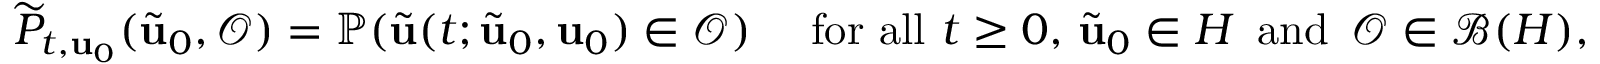
\begin{array} { r } { \widetilde { P } _ { t , \mathbf { u } _ { 0 } } ( \tilde { \mathbf { u } } _ { 0 } , \mathcal { O } ) = \mathbb { P } ( \tilde { \mathbf { u } } ( t ; \tilde { \mathbf { u } } _ { 0 } , \mathbf { u } _ { 0 } ) \in \mathcal { O } ) \quad \mathrm { ~ f o r ~ a l l ~ } t \geq 0 , \, \tilde { \mathbf { u } } _ { 0 } \in H \, \mathrm { ~ a n d ~ } \, \mathcal { O } \in \mathcal { B } ( H ) , } \end{array}